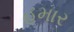
હમાર